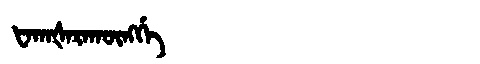
Manchu: ᡶᠠᡴᠠᡧᠠᡵᠠᡴᡡᠩᡤᡝ
Romanization: FAKAŠARAKŪNGGE